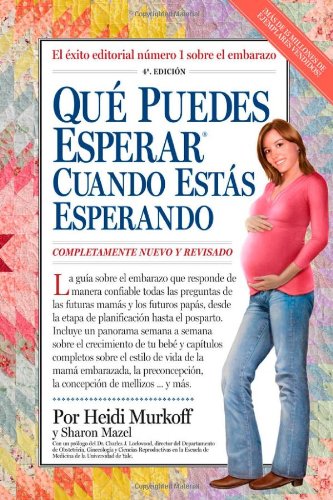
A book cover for QuÃ© Puedes Esperar Cuando EstÃ¡s Esperando: 4th Edition (Que Puedes Esperar) (Spanish Edition); Sandee Hathaway B.S.N; Parenting & Relationships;